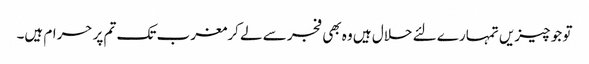
تو جو چیزیں تمہارے لئے حلال ہیں وہ بھی فجر سے لے کرمغرب تک تم پر حرام ہیں۔